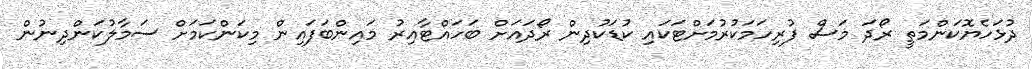
ދުޅަހެޔޮކަންމަތީ ރޯދަ މަސް ފުރިހަމަކުރުމަށްޓަކައި ކުޑަކުދިން ރޯދައަށް ބަހައްޓާއިރު މައިންބަފައިން މިކަންކަމަށް ސަމާލުކަންދިނުން